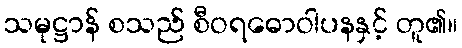
သမုဋ္ဌာန် စသည် စီဝရဓောဝါပနနှင့် တူ၏။